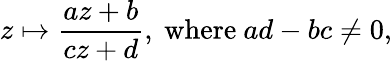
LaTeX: z\mapsto{\frac{az+b}{cz+d}},{\mathrm{~where~}}ad-bc\neq 0,